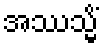
အဿသ္မိံ